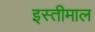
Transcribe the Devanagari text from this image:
इस्तीमाल